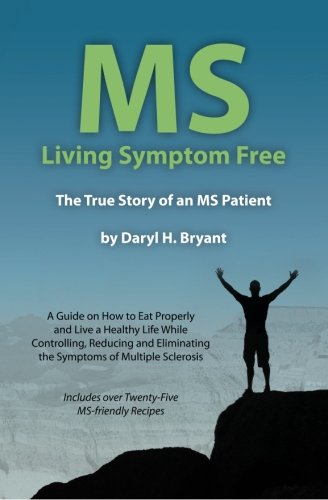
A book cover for MS - Living Symptom Free: The True Story of an MS Patient: A Guide on How to Eat Properly and Live a Healthy Life while Controlling, Reducing, and Eliminating the Symptoms of Multiple Sclerosis; Daryl H Bryant; Health, Fitness & Dieting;